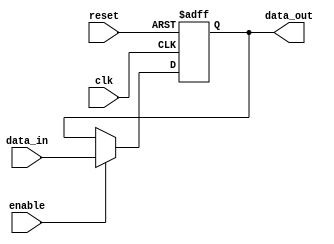
module level_sensitive_latch(
    input wire clk,
    input wire reset,
    input wire enable,
    input wire data_in,
    output reg data_out
);

always @(posedge clk or posedge reset) begin
    if (reset) begin
        data_out <= 1'b0; // Initialize output to 0 during reset
    end else if (enable) begin
        data_out <= data_in; // Output follows input when enable is high
    end
end

endmodule